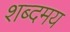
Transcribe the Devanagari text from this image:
शब्दमय